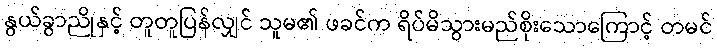
နွယ်ခွာညိုနှင့် တူတူပြန်လျှင် သူမ၏ ဖခင်က ရိပ်မိသွားမည်စိုးသောကြောင့် တမင်